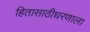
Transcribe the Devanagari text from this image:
हितासाठीधरणाला